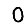
Digit: 0